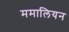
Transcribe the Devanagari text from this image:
ममालियन